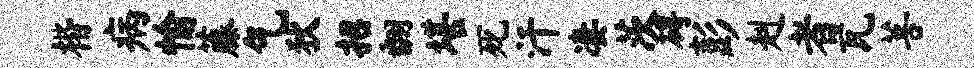
楷病愉藤乞狄招翻堪死汗凄茨碍彭赳者瓦菩